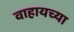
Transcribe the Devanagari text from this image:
वाहायच्या